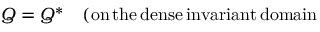
Q = Q ^ { \ast } \quad ( \mathrm { o n \, t h e \, d e n s e \, i n v a r i a n t \, d o m a i n } \,